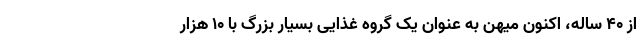
از ۴۰ ساله، اکنون میهن به عنوان یک گروه غذایی بسیار بزرگ با ۱۰ هزار